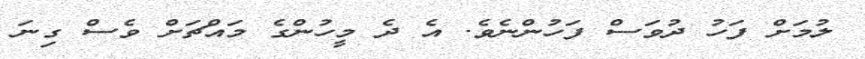
ލުމަށް ފަހު ދުވަސް ފަހުންނެވެ. އެ ދެ މީހުންގެ މައްޗަށް ވެސް ގިނަ